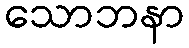
သောဘနာ